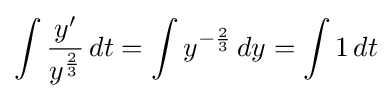
\int {\frac {y'}{y^{\frac {2}{3}}}}\,dt=\int y^{-{\frac {2}{3}}}\,dy=\int 1\,dt